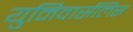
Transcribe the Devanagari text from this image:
युनिवार्सलिस